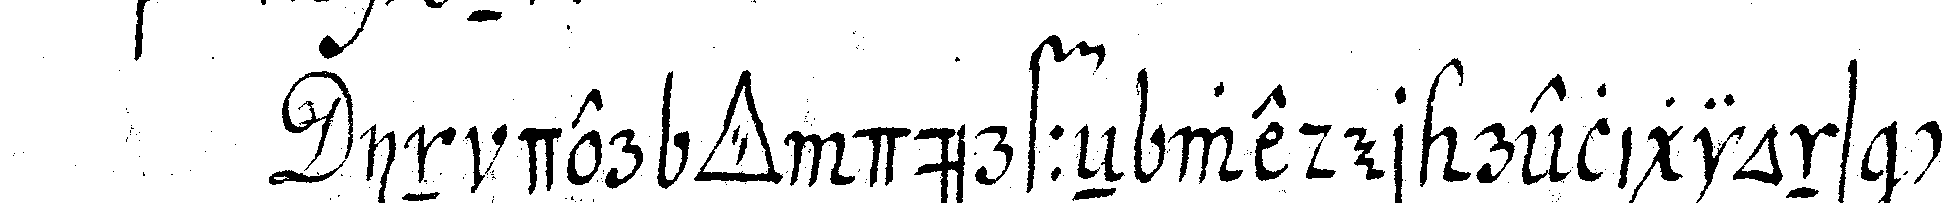
in der *tri..* dürffeN weder religions con